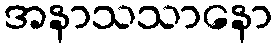
အနာသသာနော